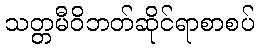
သတ္တမီဝိဘတ်ဆိုင်ရာစာစပ်